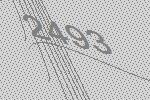
2493